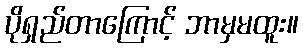
ပိုရှည်တာကြောင့် ဘာမှမထူး။